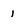
Character: i